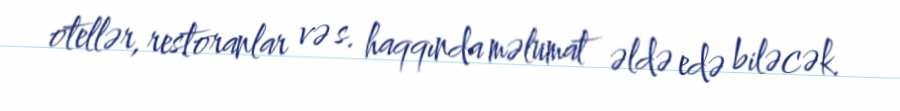
otellər, restoranlar və s. haqqında məlumat əldə edə biləcək.